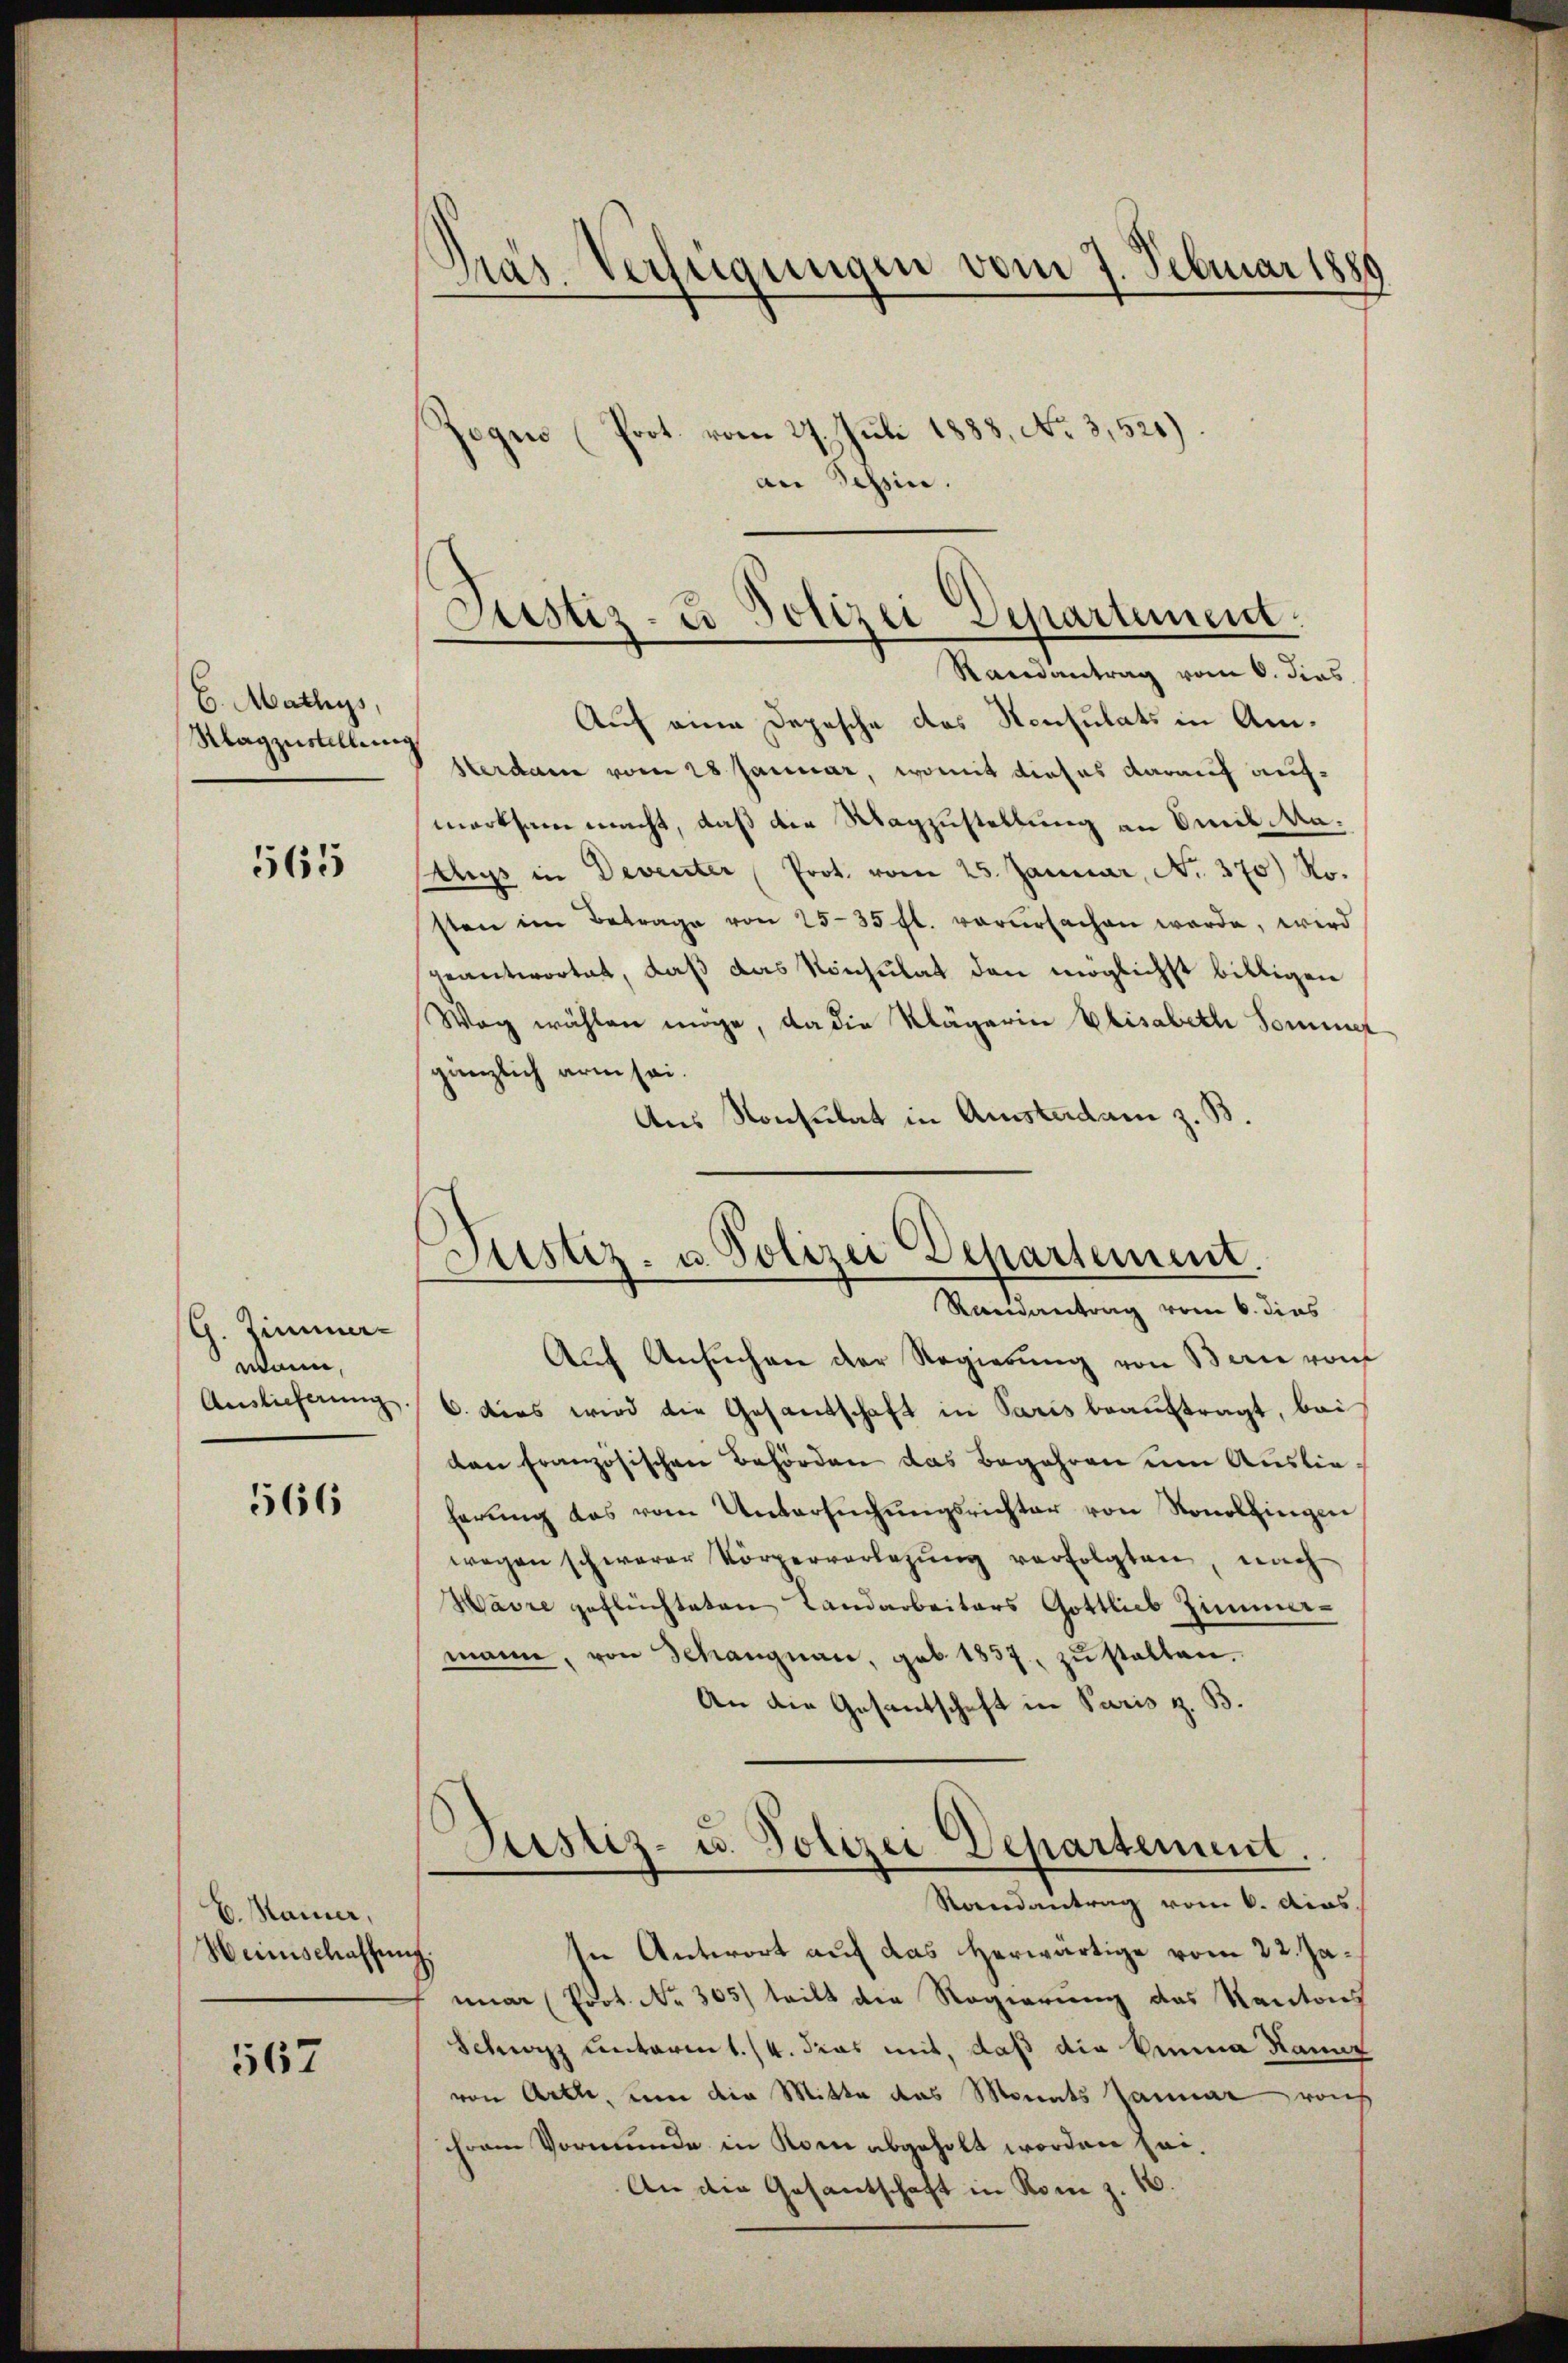
6. Mathys,
Klagzustellung

565

G. Zimmer-
wann,
Auslieferung

566

E. Maier,
Heimschaffen

567

Zogen (Prot. vom 27. Juli 1883, No 3,521).
an Tessin.

Auf eine Depesche das Konsulats in Amsterdam vom 28 Januar, womit dieses darauf aufmerksam macht, daß die Wagzustellung an Omib Matus in Deventer Prot. vom 25. Januar, No. 370 Ro.
sten im Betrage von 25-35 fl. verŭrsachen werde, wird
geantwortet, daß das Konsulat den möglichst billigen
Weg wählen möge, da die Klägerin Elisabeth Somme
gänzlich arm sei.
Aus Konsulat in Amstadam z. B.

Präs. Verfügungen vom 7. Februar 1880

Justiz- & Polizei Departement.
Randantrag vom 6. dies

Justiz- u. Polizei Departement
Reidantrag vom 6. dies

Aŭf Ansŭchen der Regierŭng von Berie von
6. dies wird die Gesandschaft in Paris beauftragt, bei
ten französischen Behörden das Begehren um Auslieherŭng das vom Untersŭchŭngsrichter von Ronolfingen
wegen schwerer Körperverlegŭng verfolgten, nach
Havre geflüchteten Landarbeiters Gottlich Zimmer-
mann, von Schangnau, geb. 1837. zŭ statten.
An die Gesantschaft in Paris z. B.
Justiz- u. Polizei Departement.
Rondantrag vom 6. Acas.
In Antwort auf das herwärtige vom 22. Ja¬
.
nmar (Prot. No. 305) teilt die Regierung das Kantons
Schwyz unterm 1./4. das mit, daß die Einna Kannz
von Arth, um die Mitte das Monats Januar reich
hram Vormunde in Rom abgeholt worden sei.
An die Gesantschaft in Rom z. 1